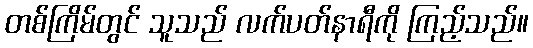
တစ်ကြိမ်တွင် သူသည် လက်ပတ်နာရီကို ကြည့်သည်။